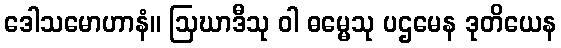
ဒေါသမောဟာနံ။ ဩဃာဒီသု ဝါ ဓမ္မေသု ပဌမေန ဒုတိယေန